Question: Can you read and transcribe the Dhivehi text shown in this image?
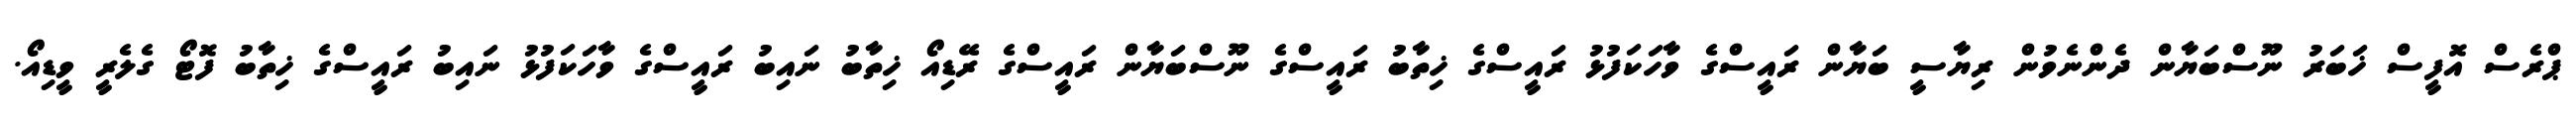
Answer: ޕްރެސް އޮފީސް ޚަބަރު ނޫސްބަޔާން ދެންނެވުން ރިޔާސީ ބަޔާން ރައީސްގެ ވާހަކަފުޅު ރައީސްގެ ޚިތާބު ރައީސްގެ ނޫސްބަޔާން ރައީސްގެ ރޭޑިއޯ ޚިތާބު ނައިބު ރައީސްގެ ވާހަކަފުޅު ނައިބު ރައީސްގެ ޚިތާބު ފޮޓޯ ގެލެރީ ވީޑިއޯ.